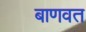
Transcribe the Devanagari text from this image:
बाणवत